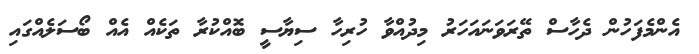
އެންމެފަހުން ދެހާސް ތޭރަވަނައަހަރު މިދުއްވާ ހުރިހާ ސިޔާސީ ބޮއްކުރާ ތަކެއް އެއް ބޯސަލެއްގައި